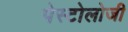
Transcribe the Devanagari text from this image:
पेस्टोलोजी